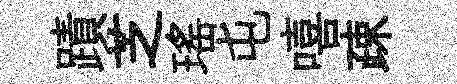
蹟芝瑶屯嘻疎